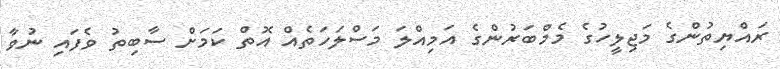
ރައްޔިތުންގެ މަޖިލީހުގެ މެމްބަރުންގެ އަމިއްލަ މަސްލަހަތެއް އޮތް ކަމަށް ސާބިތު ވެފައި ނުވާ